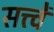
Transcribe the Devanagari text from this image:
सत्त्वें